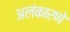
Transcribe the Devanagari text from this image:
अलंकारणे